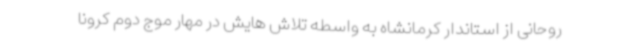
روحانی از استاندار کرمانشاه به واسطه تلاش هایش در مهار موج دوم کرونا